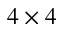
4 \times 4